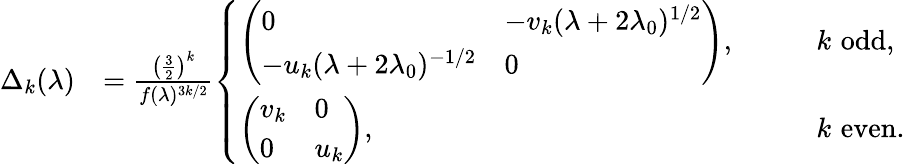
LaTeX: \begin{array}{rl}{\Delta_{k}(\lambda)}&{=\frac{\left(\frac{3}{2}\right)^{k}}{f(\lambda)^{3k/2}}\left\{ \begin{array}{ll}{\left(\begin{array}{ll}{0}&{-v_{k}(\lambda+2\lambda_{0})^{1/2}}\\ {-u_{k}(\lambda+2\lambda_{0})^{-1/2}}&{0}\end{array}\right),}&{\qquad k\, \, \textrm{odd},}\\ {\left(\begin{array}{ll}{v_{k}}&{0}\\ {0}&{u_{k}}\end{array}\right),}&{\qquad k\, \, \textrm{even}.}\end{array}\right.}\end{array}